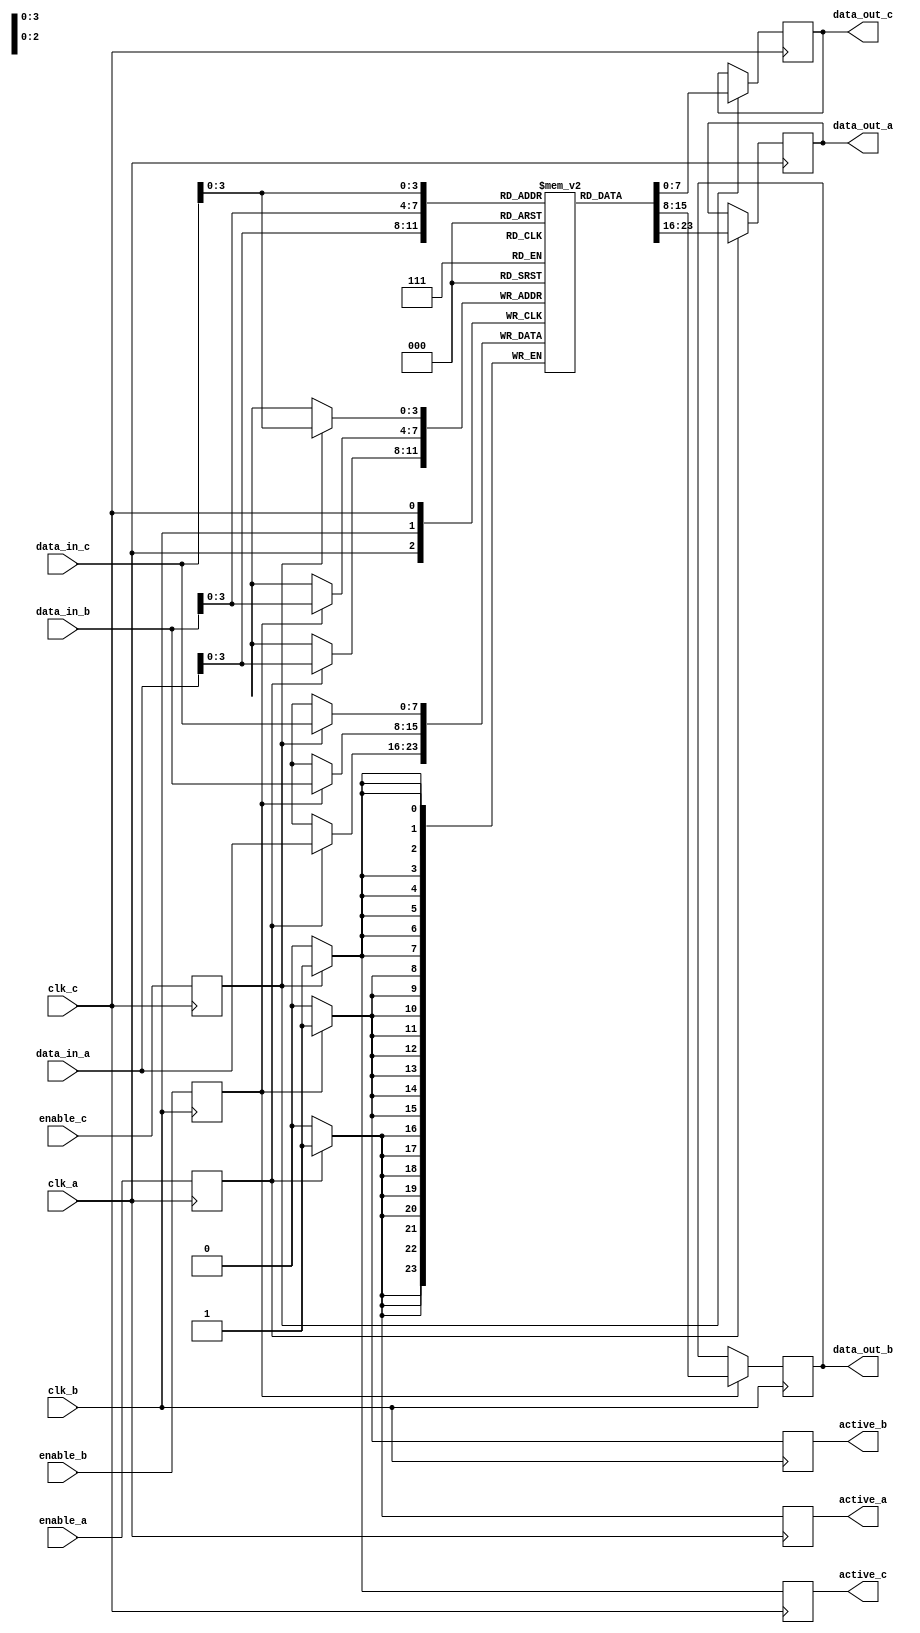
module memory_block (
    input wire clk_a,          // Clock domain A
    input wire clk_b,          // Clock domain B
    input wire clk_c,          // Clock domain C
    input wire enable_a,       // Enable signal for clock domain A
    input wire enable_b,       // Enable signal for clock domain B
    input wire enable_c,       // Enable signal for clock domain C
    input wire [7:0] data_in_a, // Data input for clock domain A
    input wire [7:0] data_in_b, // Data input for clock domain B
    input wire [7:0] data_in_c, // Data input for clock domain C
    output reg [7:0] data_out_a, // Data output for clock domain A
    output reg [7:0] data_out_b, // Data output for clock domain B
    output reg [7:0] data_out_c, // Data output for clock domain C
    output reg active_a,       // Active signal for clock domain A
    output reg active_b,       // Active signal for clock domain B
    output reg active_c        // Active signal for clock domain C
);

    // Synchronization registers for enable signals
    reg enable_a_sync, enable_b_sync, enable_c_sync;

    // Synchronize enable signals to respective clock domains
    always @(posedge clk_a) begin
        enable_a_sync <= enable_a;
    end

    always @(posedge clk_b) begin
        enable_b_sync <= enable_b;
    end

    always @(posedge clk_c) begin
        enable_c_sync <= enable_c;
    end

    // Memory storage (for simplicity, using a small memory array)
    reg [7:0] memory [0:15]; // 16 x 8-bit memory

    // Control logic for clock domain A
    always @(posedge clk_a) begin
        if (enable_a_sync) begin
            active_a <= 1'b1;
            data_out_a <= memory[data_in_a[3:0]]; // Addressing using lower 4 bits
        end else begin
            active_a <= 1'b0;
            // Retain data or put in low-power state
        end
    end

    // Control logic for clock domain B
    always @(posedge clk_b) begin
        if (enable_b_sync) begin
            active_b <= 1'b1;
            data_out_b <= memory[data_in_b[3:0]]; // Addressing using lower 4 bits
        end else begin
            active_b <= 1'b0;
            // Retain data or put in low-power state
        end
    end

    // Control logic for clock domain C
    always @(posedge clk_c) begin
        if (enable_c_sync) begin
            active_c <= 1'b1;
            data_out_c <= memory[data_in_c[3:0]]; // Addressing using lower 4 bits
        end else begin
            active_c <= 1'b0;
            // Retain data or put in low-power state
        end
    end

    // Optional: Write data to memory (could be controlled by additional signals)
    always @(posedge clk_a) begin
        if (enable_a_sync) begin
            memory[data_in_a[3:0]] <= data_in_a; // Write data on clock A
        end
    end

    always @(posedge clk_b) begin
        if (enable_b_sync) begin
            memory[data_in_b[3:0]] <= data_in_b; // Write data on clock B
        end
    end

    always @(posedge clk_c) begin
        if (enable_c_sync) begin
            memory[data_in_c[3:0]] <= data_in_c; // Write data on clock C
        end
    end

endmodule